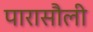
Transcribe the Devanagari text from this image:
पारासौली